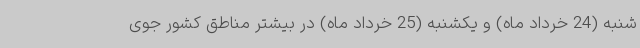
شنبه (24 خرداد ماه) و یکشنبه (25 خرداد ماه) در بیشتر مناطق کشور جوی